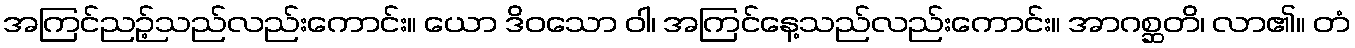
အကြင်ညဉ့်သည်လည်းကောင်း။ ယော ဒိဝသော ဝါ၊ အကြင်နေ့သည်လည်းကောင်း။ အာဂစ္ဆတိ၊ လာ၏။ တံ